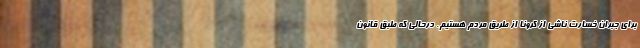
برای جبران خسارت ناشی از کرونا از طریق مردم هستیم. درحالی که طبق قانون